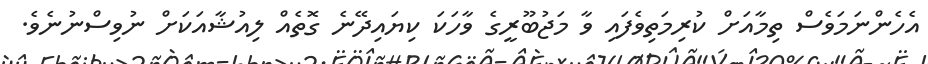
އެހެންނަމަވެސް ތިމާއަށް ކުރިމަތިވެފައި ވާ މަޖުބޫރީގެ ވާހަކަ ކިޔައިދޭނެ ގޮތެއް ލިއުޝާއަކަށް ނުވިސްނުނެވެ.